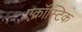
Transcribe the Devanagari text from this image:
एक्रॉस्टिक